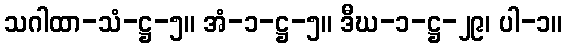
သဂါထာ-သံ-ဋ္ဌ-၅။ အံ-၁-ဋ္ဌ-၅။ ဒီဃ-၁-ဋ္ဌ-၂၉၊ ပါ-၁။